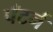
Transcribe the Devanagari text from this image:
पँटर्न